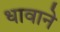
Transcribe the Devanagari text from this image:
धावाने